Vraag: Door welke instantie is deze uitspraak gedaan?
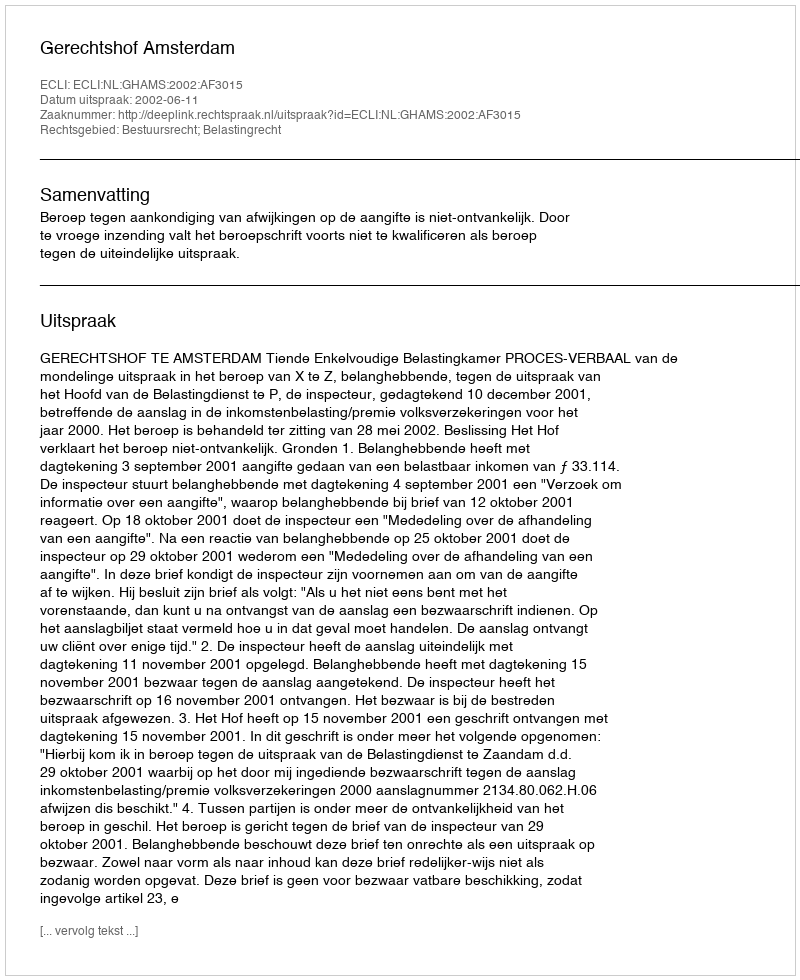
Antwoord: Gerechtshof Amsterdam